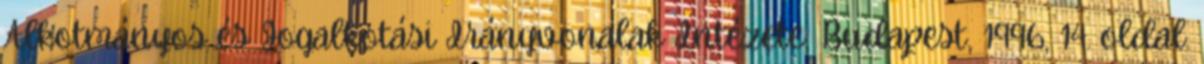
Alkotmányos és Jogalkotási Irányvonalak Intézete, Budapest, 1996, 14. oldal.